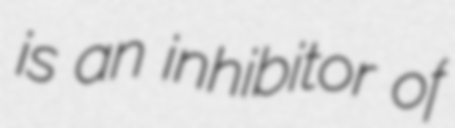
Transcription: is an inhibitor of